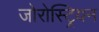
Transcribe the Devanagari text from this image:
जोरोस्ट्रियन